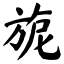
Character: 旎